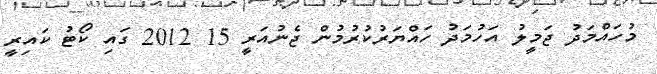
މުހައްމަދު ޖަމީލު އަހުމަދު ހައްޔަރުކުރުމުން ޖެނުއަރީ 15 2012 ގައި ކޯޓު ކައިރީ